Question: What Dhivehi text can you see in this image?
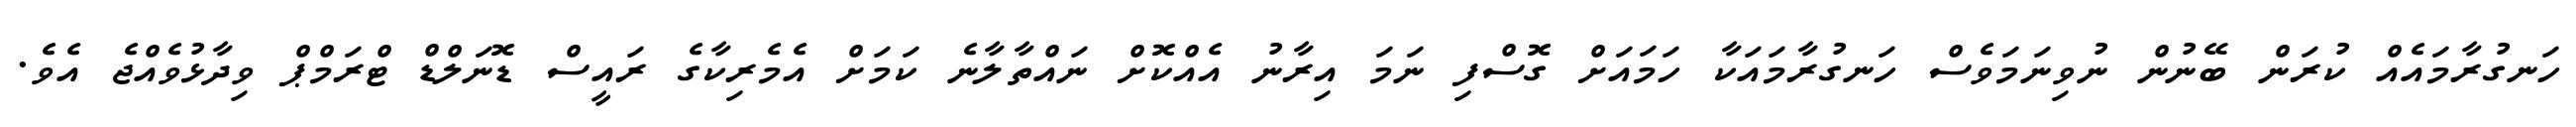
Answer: ހަނގުރާމައެއް ކުރަން ބޭނުން ނުވިނަމަވެސް ހަނގުރާމައަކާ ހަމައަށް ގޮސްފި ނަމަ އިރާނު އެއްކޮށް ނައްތާލާނެ ކަމަށް އެމެރިކާގެ ރައީސް ޑޮނަލްޑް ޓްރަމްޕް ވިދާޅުވެއްޖެ އެވެ.